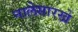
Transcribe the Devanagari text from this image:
नालेसारखे